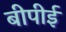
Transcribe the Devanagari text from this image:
बीपीई